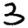
Digit: 3